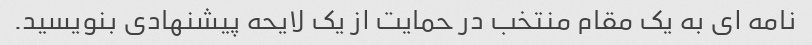
نامه ای به یک مقام منتخب در حمایت از یک لایحه پیشنهادی بنویسید.